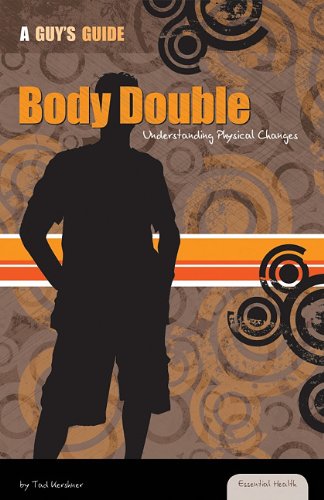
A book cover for Body Double: Understanding Physical Changes (Essential Health: a Guy's Guide); Tad Kershner; Teen & Young Adult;